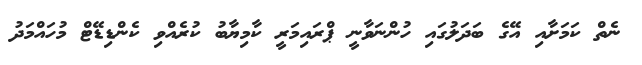
ނެތް ކަމަށާއި އޭގެ ބަދަލުގައި ހުންނަވާނީ ޕްރައިމަރީ ކާމިޔާބު ކުރެއްވި ކެންޑިޑޭޓް މުހައްމަދު